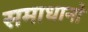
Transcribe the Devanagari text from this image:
समाधानो